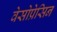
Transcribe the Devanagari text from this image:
वेसोप्रेसिन